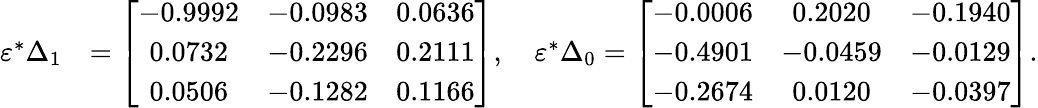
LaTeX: \begin{array}{rl}{\varepsilon^{*}\Delta_{1}}&{=\left[\begin{array}{ccc}{-0.9992}&{-0.0983}&{0.0636}\\ {0.0732}&{-0.2296}&{0.2111}\\ {0.0506}&{-0.1282}&{0.1166}\end{array}\right],\quad\varepsilon^{*}\Delta_{0}=\left[\begin{array}{ccc}{-0.0006}&{0.2020}&{-0.1940}\\ {-0.4901}&{-0.0459}&{-0.0129}\\ {-0.2674}&{0.0120}&{-0.0397}\end{array}\right].}\end{array}